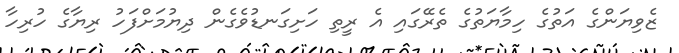
ޒެވިޔަންގެ އަތުގެ ހިމާޔަތުގެ ތެރޭގައި އެ ރީތި ހަށިގަނޑުވެގެން ދިޔުމަށްފަހު ރިޔާގެ ހުރިހާ